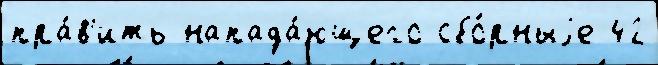
пра́в'ить напада́ющего сбо́рныjе 42